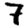
Digit: 7